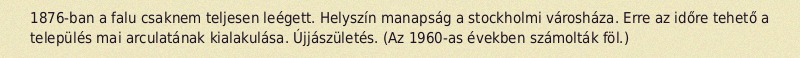
1876-ban a falu csaknem teljesen leégett. Helyszín manapság a stockholmi városháza. Erre az időre tehető a település mai arculatának kialakulása. Újjászületés. (Az 1960-as években számolták föl.)